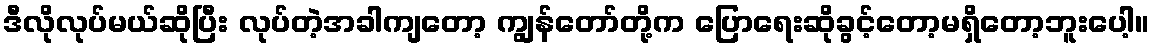
ဒီလိုလုပ်မယ်ဆိုပြီး လုပ်တဲ့အခါကျတော့ ကျွန်တော်တို့က ပြောရေးဆိုခွင့်တော့မရှိတော့ဘူးပေါ့။